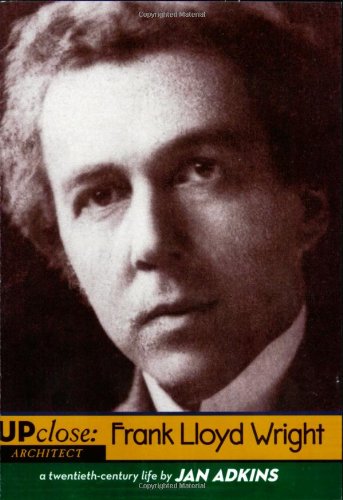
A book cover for Frank Lloyd Wright (Up Close); Jan Adkins; Teen & Young Adult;